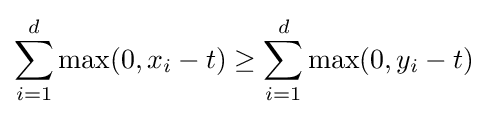
\sum _{i=1}^{d}\max(0,x_{i}-t)\geq \sum _{i=1}^{d}\max(0,y_{i}-t)